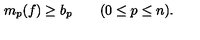
m _ { p } ( f ) \geq b _ { p } \qquad ( 0 \leq p \leq n ) .